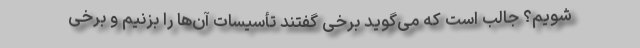
شویم؟ جالب است که می‌گوید برخی گفتند تأسیسات آن‌ها را بزنیم و برخی